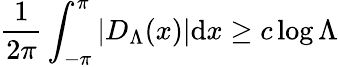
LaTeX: \frac{1}{2\pi}\int_{-\pi}^{\pi}|D_{\Lambda}(x)|\mathrm{d}x\ge c\log\Lambda